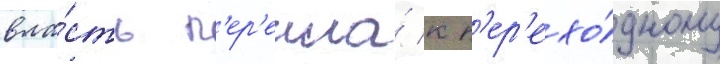
вла́сть п'ер'ешла́ к п'ер'ехо́дному